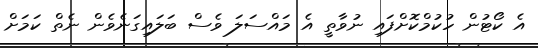
އެ ކޯޓުން ހުކުމްކޮށްފައި ނުވާތީ އެ މައްސަލަ ވެސް ބަލައިގަނެވެން ނެތް ކަމަށް